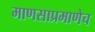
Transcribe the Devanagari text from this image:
माणसाप्रमाणेच